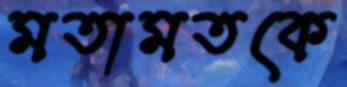
মতামতকে